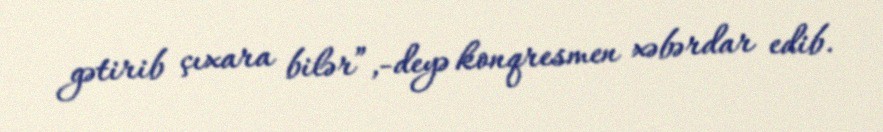
gətirib çıxara bilər”,-deyə konqresmen xəbərdar edib.